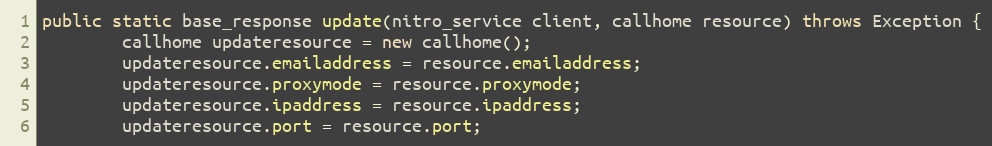
Language: Java
public static base_response update(nitro_service client, callhome resource) throws Exception {
		callhome updateresource = new callhome();
		updateresource.emailaddress = resource.emailaddress;
		updateresource.proxymode = resource.proxymode;
		updateresource.ipaddress = resource.ipaddress;
		updateresource.port = resource.port;